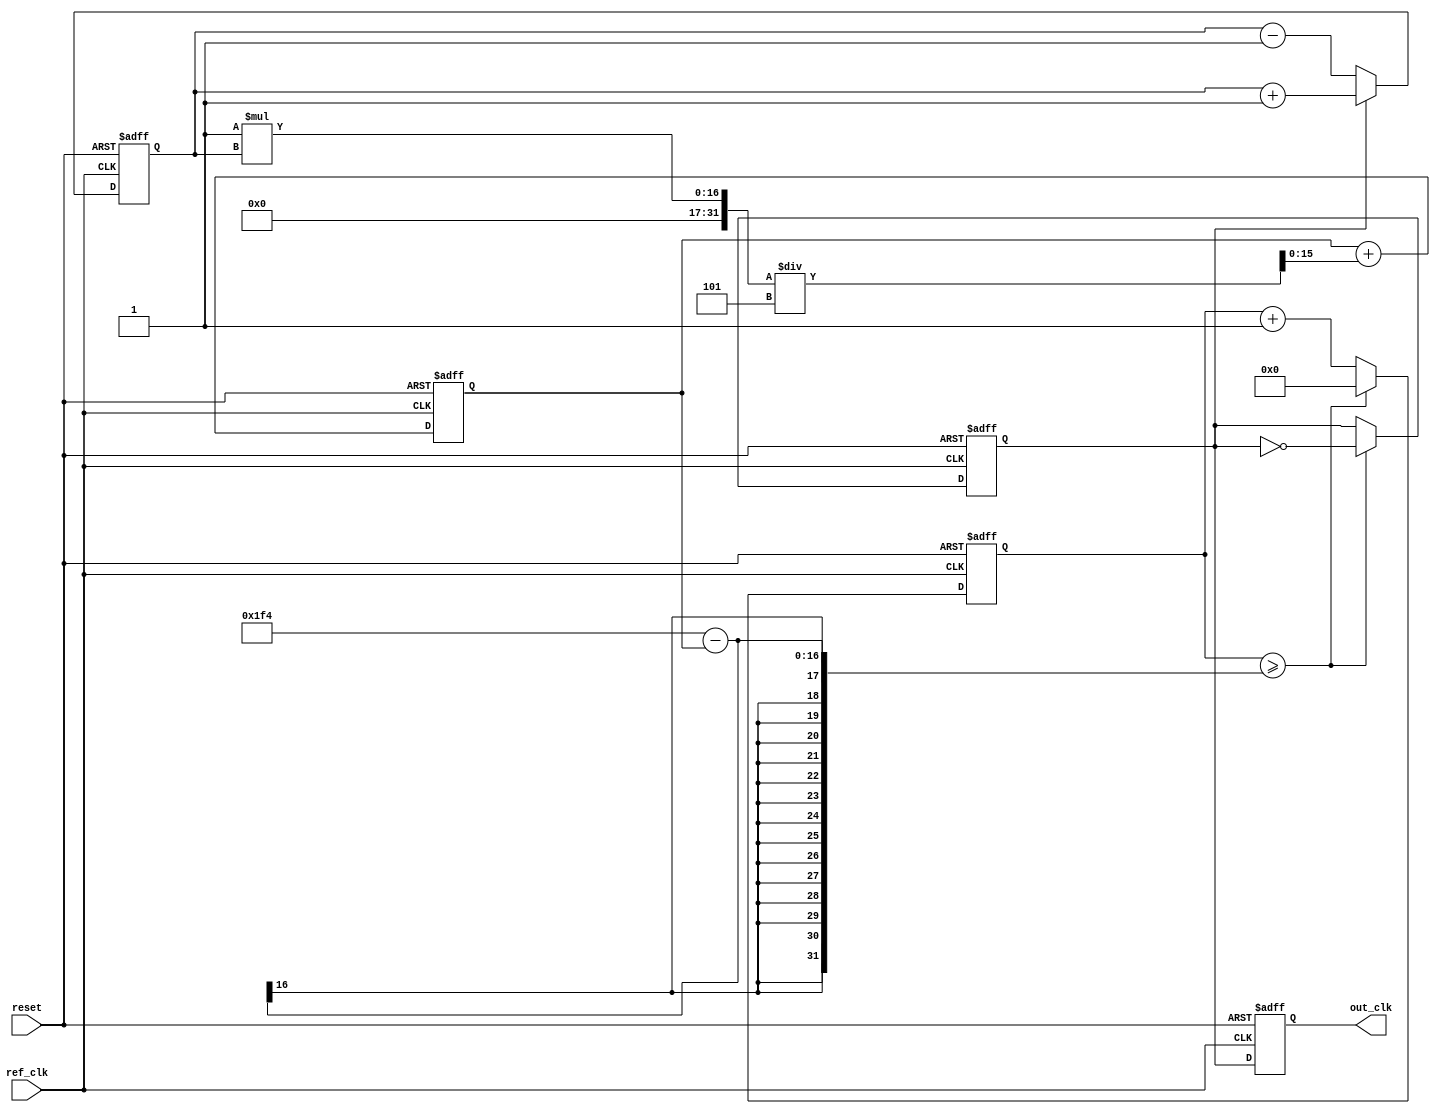
module type1_pll (
    input wire ref_clk,         // Input reference clock
    input wire reset,          // Asynchronous reset
    output reg out_clk         // Output clock
);

// Parameters
parameter integer VCO_FREQ_MULTIPLIER = 2; // VCO frequency multiplier
parameter integer LOOP_FILTER_GAIN = 1;     // Gain for loop filter
parameter integer LOOP_FILTER_TIME_CONSTANT = 5; // Time constant for loop filter

// Internal signals
reg [15:0] phase_error;        // Phase error signal
reg [15:0] control_voltage;     // Control voltage for VCO
reg [15:0] vco_count;           // VCO counter
reg vco_clk;                    // VCO clock signal

// Phase Detector
always @(posedge ref_clk or posedge reset) begin
    if (reset) begin
        phase_error <= 0;
    end else begin
        // Simple phase detector logic
        // This is a placeholder for a more complex phase detector
        if (vco_clk) begin
            phase_error <= phase_error + 1; // Increment if VCO clock leads
        end else begin
            phase_error <= phase_error - 1; // Decrement if VCO clock lags
        end
    end
end

// Loop Filter
always @(posedge ref_clk or posedge reset) begin
    if (reset) begin
        control_voltage <= 0;
    end else begin
        // Simple first-order low-pass filter
        control_voltage <= control_voltage + (LOOP_FILTER_GAIN * phase_error) / LOOP_FILTER_TIME_CONSTANT;
    end
end

// Voltage-Controlled Oscillator (VCO)
always @(posedge ref_clk or posedge reset) begin
    if (reset) begin
        vco_count <= 0;
        vco_clk <= 0;
    end else begin
        // VCO logic: Generate clock based on control voltage
        if (vco_count >= (1000 / VCO_FREQ_MULTIPLIER) - control_voltage) begin
            vco_clk <= ~vco_clk; // Toggle VCO clock
            vco_count <= 0;
        end else begin
            vco_count <= vco_count + 1;
        end
    end
end

// Feedback Path
always @(posedge ref_clk or posedge reset) begin
    if (reset) begin
        out_clk <= 0;
    end else begin
        out_clk <= vco_clk; // Output clock driven by VCO clock
    end
end

endmodule